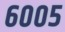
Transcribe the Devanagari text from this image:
६००५